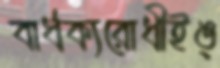
বার্ধক্যরোধীইঙ্